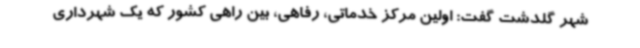
شهر گلدشت گفت: اولین مرکز خدماتی، رفاهی، بین راهی کشور که یک شهرداری